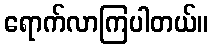
ရောက်လာကြပါတယ်။